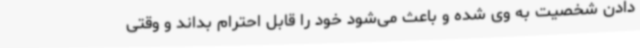
دادن شخصیت به وی شده و باعث می‌شود خود را قابل احترام بداند و وقتی